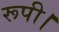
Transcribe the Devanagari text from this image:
रूपी।